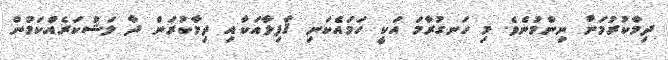
ދިމާކުރުމަށް ނިންމުނެވެ. މި ހަނގުރާމަ އަކީ ހަމައެކަނި ޤާފިލާއަކާއި ދިމާކުރަން ދާ ލަޝްކަރެއްކަމުން